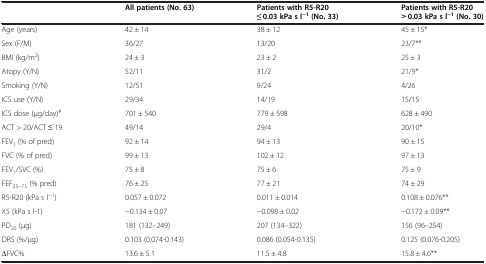
<table><thead><tr><td></td><td><b>All patients (No. 63)</b></td><td><b>Patients with R5-R20 ≤ 0.03 kPa s l<sup>−1</sup>(No. 33)</b></td><td><b>Patients with R5-R20 &gt; 0.03 kPa s l<sup>−1</sup>(No. 30)</b></td></tr></thead><tbody><tr><td>Age (years)</td><td>42 ± 14</td><td>38 ± 12</td><td>45 ± 15*</td></tr><tr><td>Sex (F/M)</td><td>36/27</td><td>13/20</td><td>23/7**</td></tr><tr><td>BMI (kg/m<sup>2</sup>)</td><td>24 ± 3</td><td>23 ± 2</td><td>25 ± 3</td></tr><tr><td>Atopy (Y/N)</td><td>52/11</td><td>31/2</td><td>21/9*</td></tr><tr><td>Smoking (Y/N)</td><td>12/51</td><td>9/24</td><td>4/26</td></tr><tr><td>ICS use (Y/N)</td><td>29/34</td><td>14/19</td><td>15/15</td></tr><tr><td>ICS dose (μg/day)<sup>#</sup></td><td>701 ± 540</td><td>779 ± 598</td><td>628 ± 490</td></tr><tr><td>ACT &gt; 20/ACT ≤ 19</td><td>49/14</td><td>29/4</td><td>20/10*</td></tr><tr><td>FEV<sub>1</sub> (% of pred)</td><td>92 ± 14</td><td>94 ± 13</td><td>90 ± 15</td></tr><tr><td>FVC (% of pred)</td><td>99 ± 13</td><td>102 ± 12</td><td>97 ± 13</td></tr><tr><td>FEV<sub>1</sub>/SVC (%)</td><td>75 ± 8</td><td>75 ± 6</td><td>75 ± 9</td></tr><tr><td>FEF<sub>25–75</sub> (% pred)</td><td>76 ± 25</td><td>77 ± 21</td><td>74 ± 29</td></tr><tr><td>R5-R20 (kPa s l<sup>−1</sup>)</td><td>0.057 ± 0.072</td><td>0.011 ± 0.014</td><td>0.108 ± 0.076**</td></tr><tr><td>X5 (kPa s l-1)</td><td>−0.134 ± 0.07</td><td>−0.098 ± 0.02</td><td>−0.172 ± 0.09**</td></tr><tr><td>PD<sub>20</sub> (μg)</td><td>181 (132–249)</td><td>207 (134–322)</td><td>156 (96–254)</td></tr><tr><td>DRS (%/μg)</td><td>0.103 (0.074-0.143)</td><td>0.086 (0.054-0.135)</td><td>0.125 (0.076-0.205)</td></tr><tr><td>∆FVC%</td><td>13.6 ± 5.1</td><td>11.5 ± 4.8</td><td>15.8 ± 4.6**</td></tr></tbody></table>